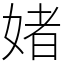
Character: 媎